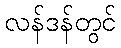
လန်ဒန်တွင်